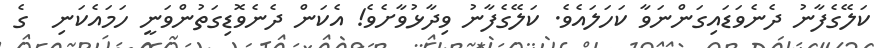
ކަލޭގެފާނު ދެނެވަޑައިގަންނަވާ ކަހަލައެވެ. ކަލޭގެފާނު ވިދާޅުވާށެވެ! އެކަން ދެނެވޮޑިގަތުންވަނީ ހަމައެކަނި  ގެ